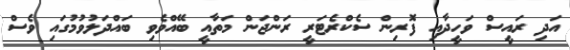
އަދި ރައީސް ވަހީދާއި ފޮރިން ސެކްރެޓަރީ ރަންޖަން މަތާއީ ބޭއްވެވި ބައްދަލުވުމުގައި ވެސް